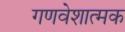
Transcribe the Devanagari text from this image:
गणवेशात्मक